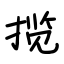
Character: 揽